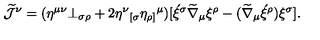
\widetilde { \cal J } ^ { \nu } = ( \eta ^ { \mu \nu } \bot _ { \sigma \rho } + 2 \eta ^ { \nu } { _ { [ \sigma } } \eta _ { \rho ] } { ^ { \mu } } ) [ \acute { \xi } ^ { \sigma } \widetilde { \nabla } _ { \mu } \xi ^ { \rho } - ( \widetilde { \nabla } _ { \mu } \acute { \xi } ^ { \rho } ) \xi ^ { \sigma } ] .